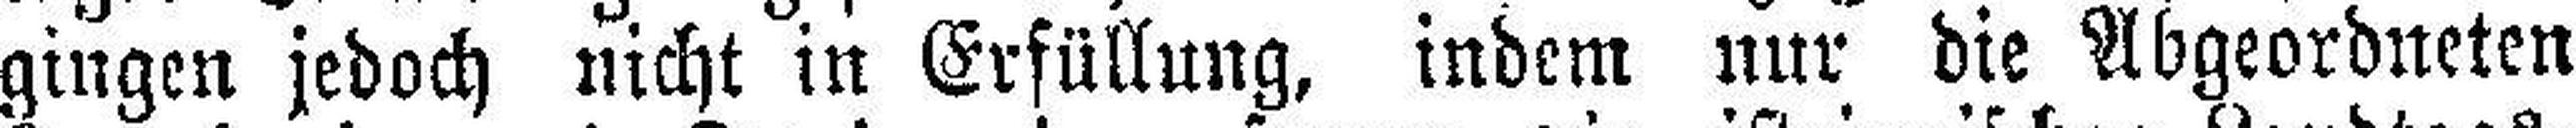
gingen jedoch nicht in Erfüllung, indem nur die Abgeordneten